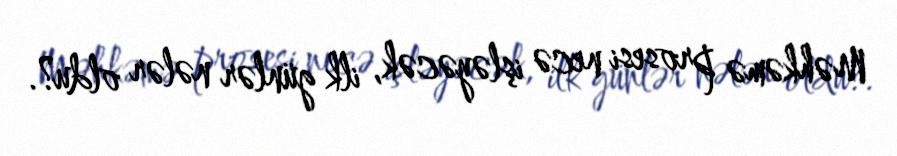
Məhkəmə prosesi necə işləyəcək, ilk günlər nələr oldu?.